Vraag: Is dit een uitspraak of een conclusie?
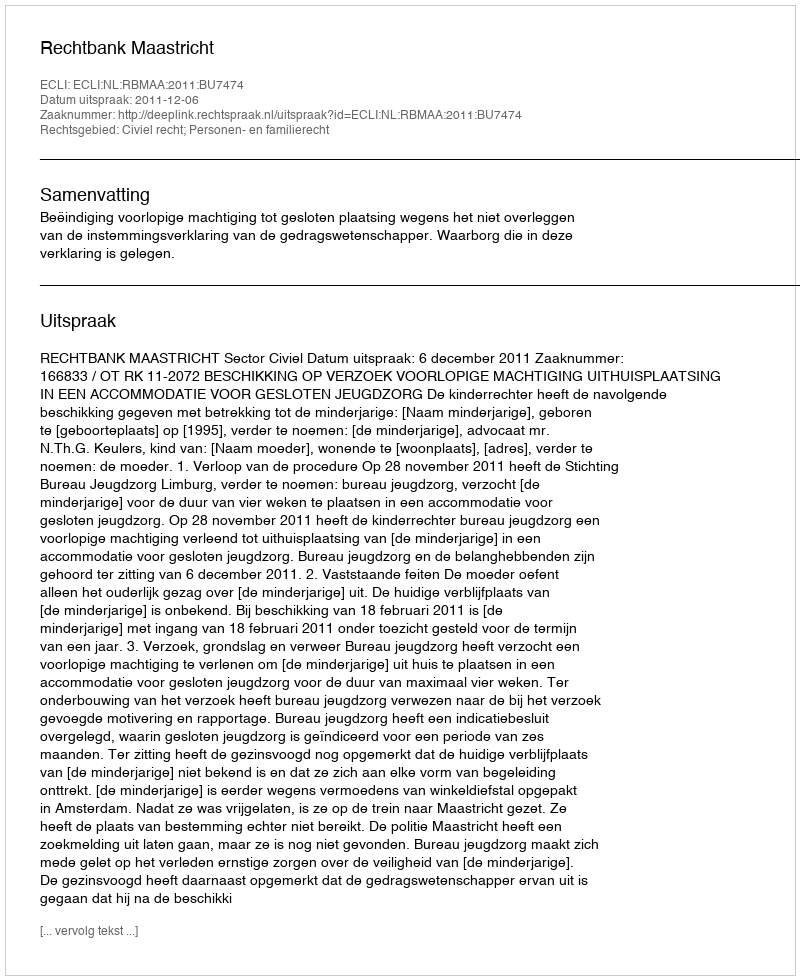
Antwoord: Uitspraak